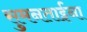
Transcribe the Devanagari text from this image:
सुमनताईंना